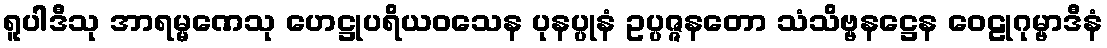
ရူပါဒီသု အာရမ္မဏေသု ဟေဋ္ဌုပရိယဝသေန ပုနပ္ပုနံ ဥပ္ပဇ္ဇနတော သံသိဗ္ဗနဋ္ဌေန ဝေဠုဂုမ္ဗာဒီနံ